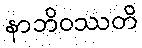
နာဘိဝဿတိ